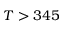
T > 3 4 5